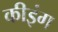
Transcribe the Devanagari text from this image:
कीइंग